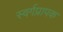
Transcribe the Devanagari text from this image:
स्वर्गप्रापक